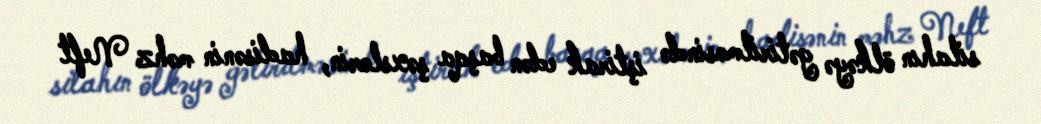
silahın ölkəyə gətirilməsində iştirak edən başqa şəxslərin, hadisənin məhz Neft